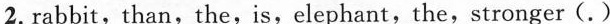
2.rabbit,than,the,is,elephant,the,stronger(.)